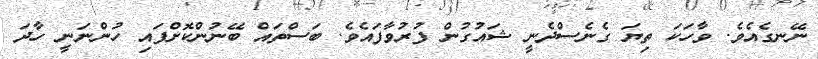
ނޭނގެއެވެ. ވާހަކަ ތިޔަ ގެނެސްދެނީ ޝައުގުން ފުރުވާފައެވެ. ބަސްތައް ބޭނުންކޮށްފައި ހުންނަނީ ހާދަ